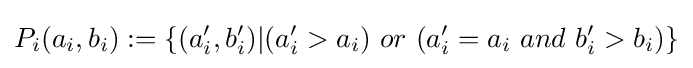
P_{i}(a_{i},b_{i}):=\{(a_{i}',b_{i}')|(a_{i}'>a_{i})~or~(a_{i}'=a_{i}~and~b_{i}'>b_{i})\}